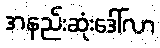
အနည်းဆုံးဒေါ်လာ